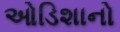
ઓડિશાનો